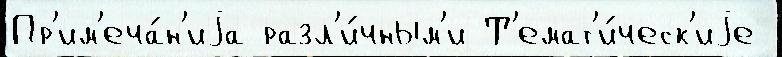
Пр'им'еча́н'иjа разл'и́чным'и Т'емат'и́ческ'иjе